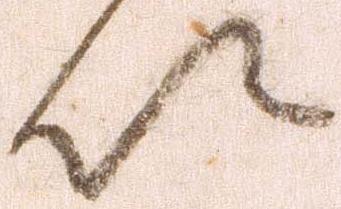
以